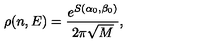
\rho ( n , E ) = \frac { e ^ { S ( \alpha _ { 0 } , \beta _ { 0 } ) } } { 2 \pi \sqrt { M } } ,